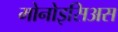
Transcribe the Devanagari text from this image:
मोनोइसिअस